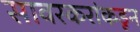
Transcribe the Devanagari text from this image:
सावरकरांकडून